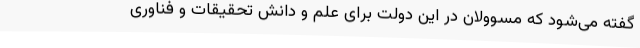
گفته می‌شود که مسوولان در این دولت برای علم و دانش تحقیقات و فناوری